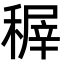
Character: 稺